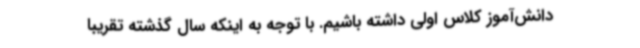
دانش‌آموز کلاس اولی داشته باشیم. با توجه به اینکه سال گذشته تقریباً